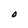
Character: O